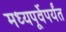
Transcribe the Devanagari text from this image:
मध्यपूर्वेपर्यंत